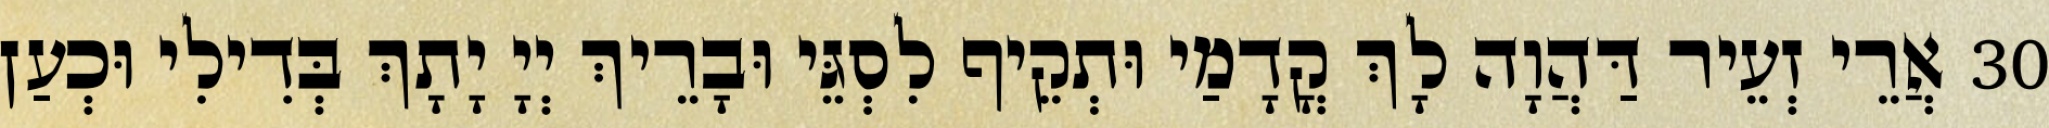
30 אֲרֵי זְעֵיר דַּהֲוָה לָךְ קֳדָמַי וּתְקֵיף לִסְגֵּי וּבָרֵיךְ יְיָ יָתָךְ בְּדִילִי וּכְעַן